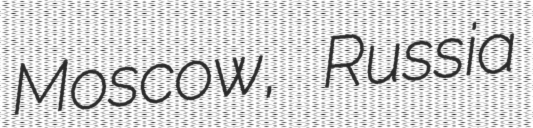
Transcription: Moscow, Russia